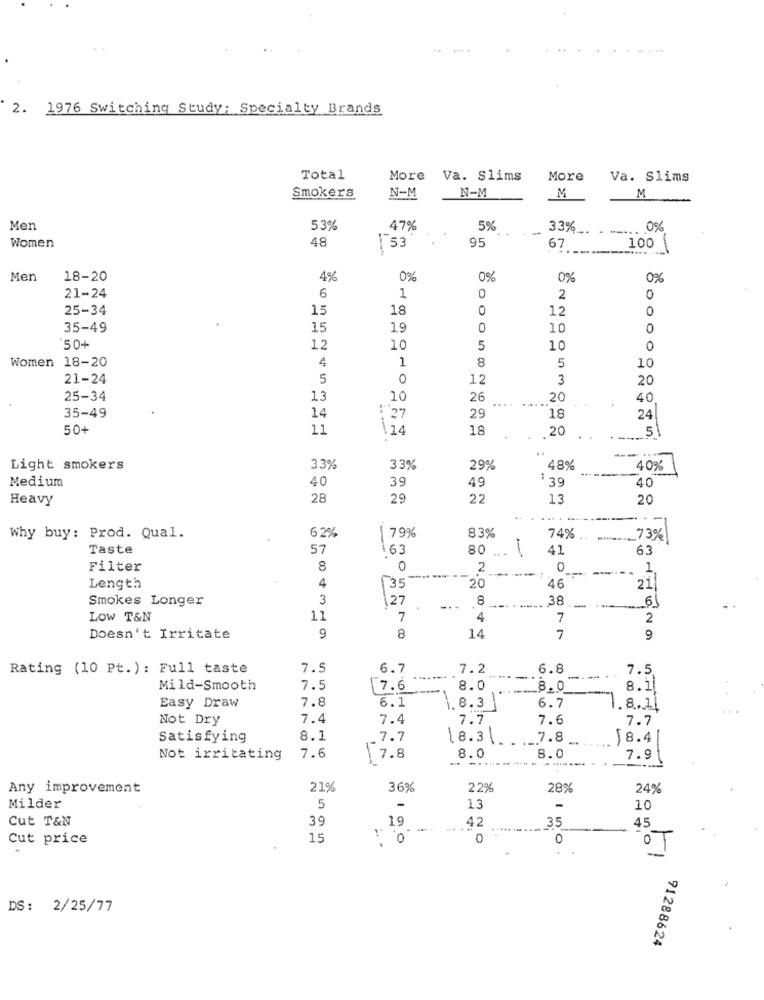
2. 1976 Switching Study: Specialty Brands
Total
More
Va. Slims
More
Va. Slims
Smokers
N-M
N-M
M
M
Men
53%
47%
5%
33%_
0%
48
95
Women
153
67
----
100
1
Men
18-20
4%
0%
0%
0%
0%
21-24
6
1
0
2
0
25-34
15
18
12
0
35-49
15
19
0
10
0
50+
12
5
10
0
Women 18-20
4
8
1
5
10
21-24
5
0
12
3
20
25-34
13
10
26
20
40
35-49
14
: 27
29
18
24
50+
11
.14
18
20
5
--
Light smokers
33%
33%
29%
48%
40%
Medium
40
39
49
: 39
40
Heavy
28
29
22
13
20
.-
62%
Why buy: Prod. Qual.
79%
83%
74%
_73%
Taste
57
63
80 ...
80
41
63
-
Filter
8
0
2
0
------
1
4
--
Length
35
20
16
21
Smokes Longer
3
27
8
38
---
-
6
LOW T&N
1.1
7
4
7
2
8
Doesn't Irritate
9
14
7
9
Rating (10 Pt.): Full taste
7.5
6.7
7.2
6.8
7.5
----
Mild-Smooth
7.5
[7.6
8.0
8.0
8.1
Easy Draw
7.8
6.1
1.8.3
6.7
.8.11
Not Dry
7.4
7.4
7.7
7.6
7.7
Satisfying
8.1
7.7
18.3.
7.8
8.4
Not irritating
7.6
7.8
.. ....
8.0
.-
8.0
7.9
Any improvement
21%
36%
22%
28%
24%
Milder
5
-
13
-
10
Cut T&N
39
19
42
35
...
45
Cut price
15
: 0
0
0
OT
DS: 2/25/77
91288624